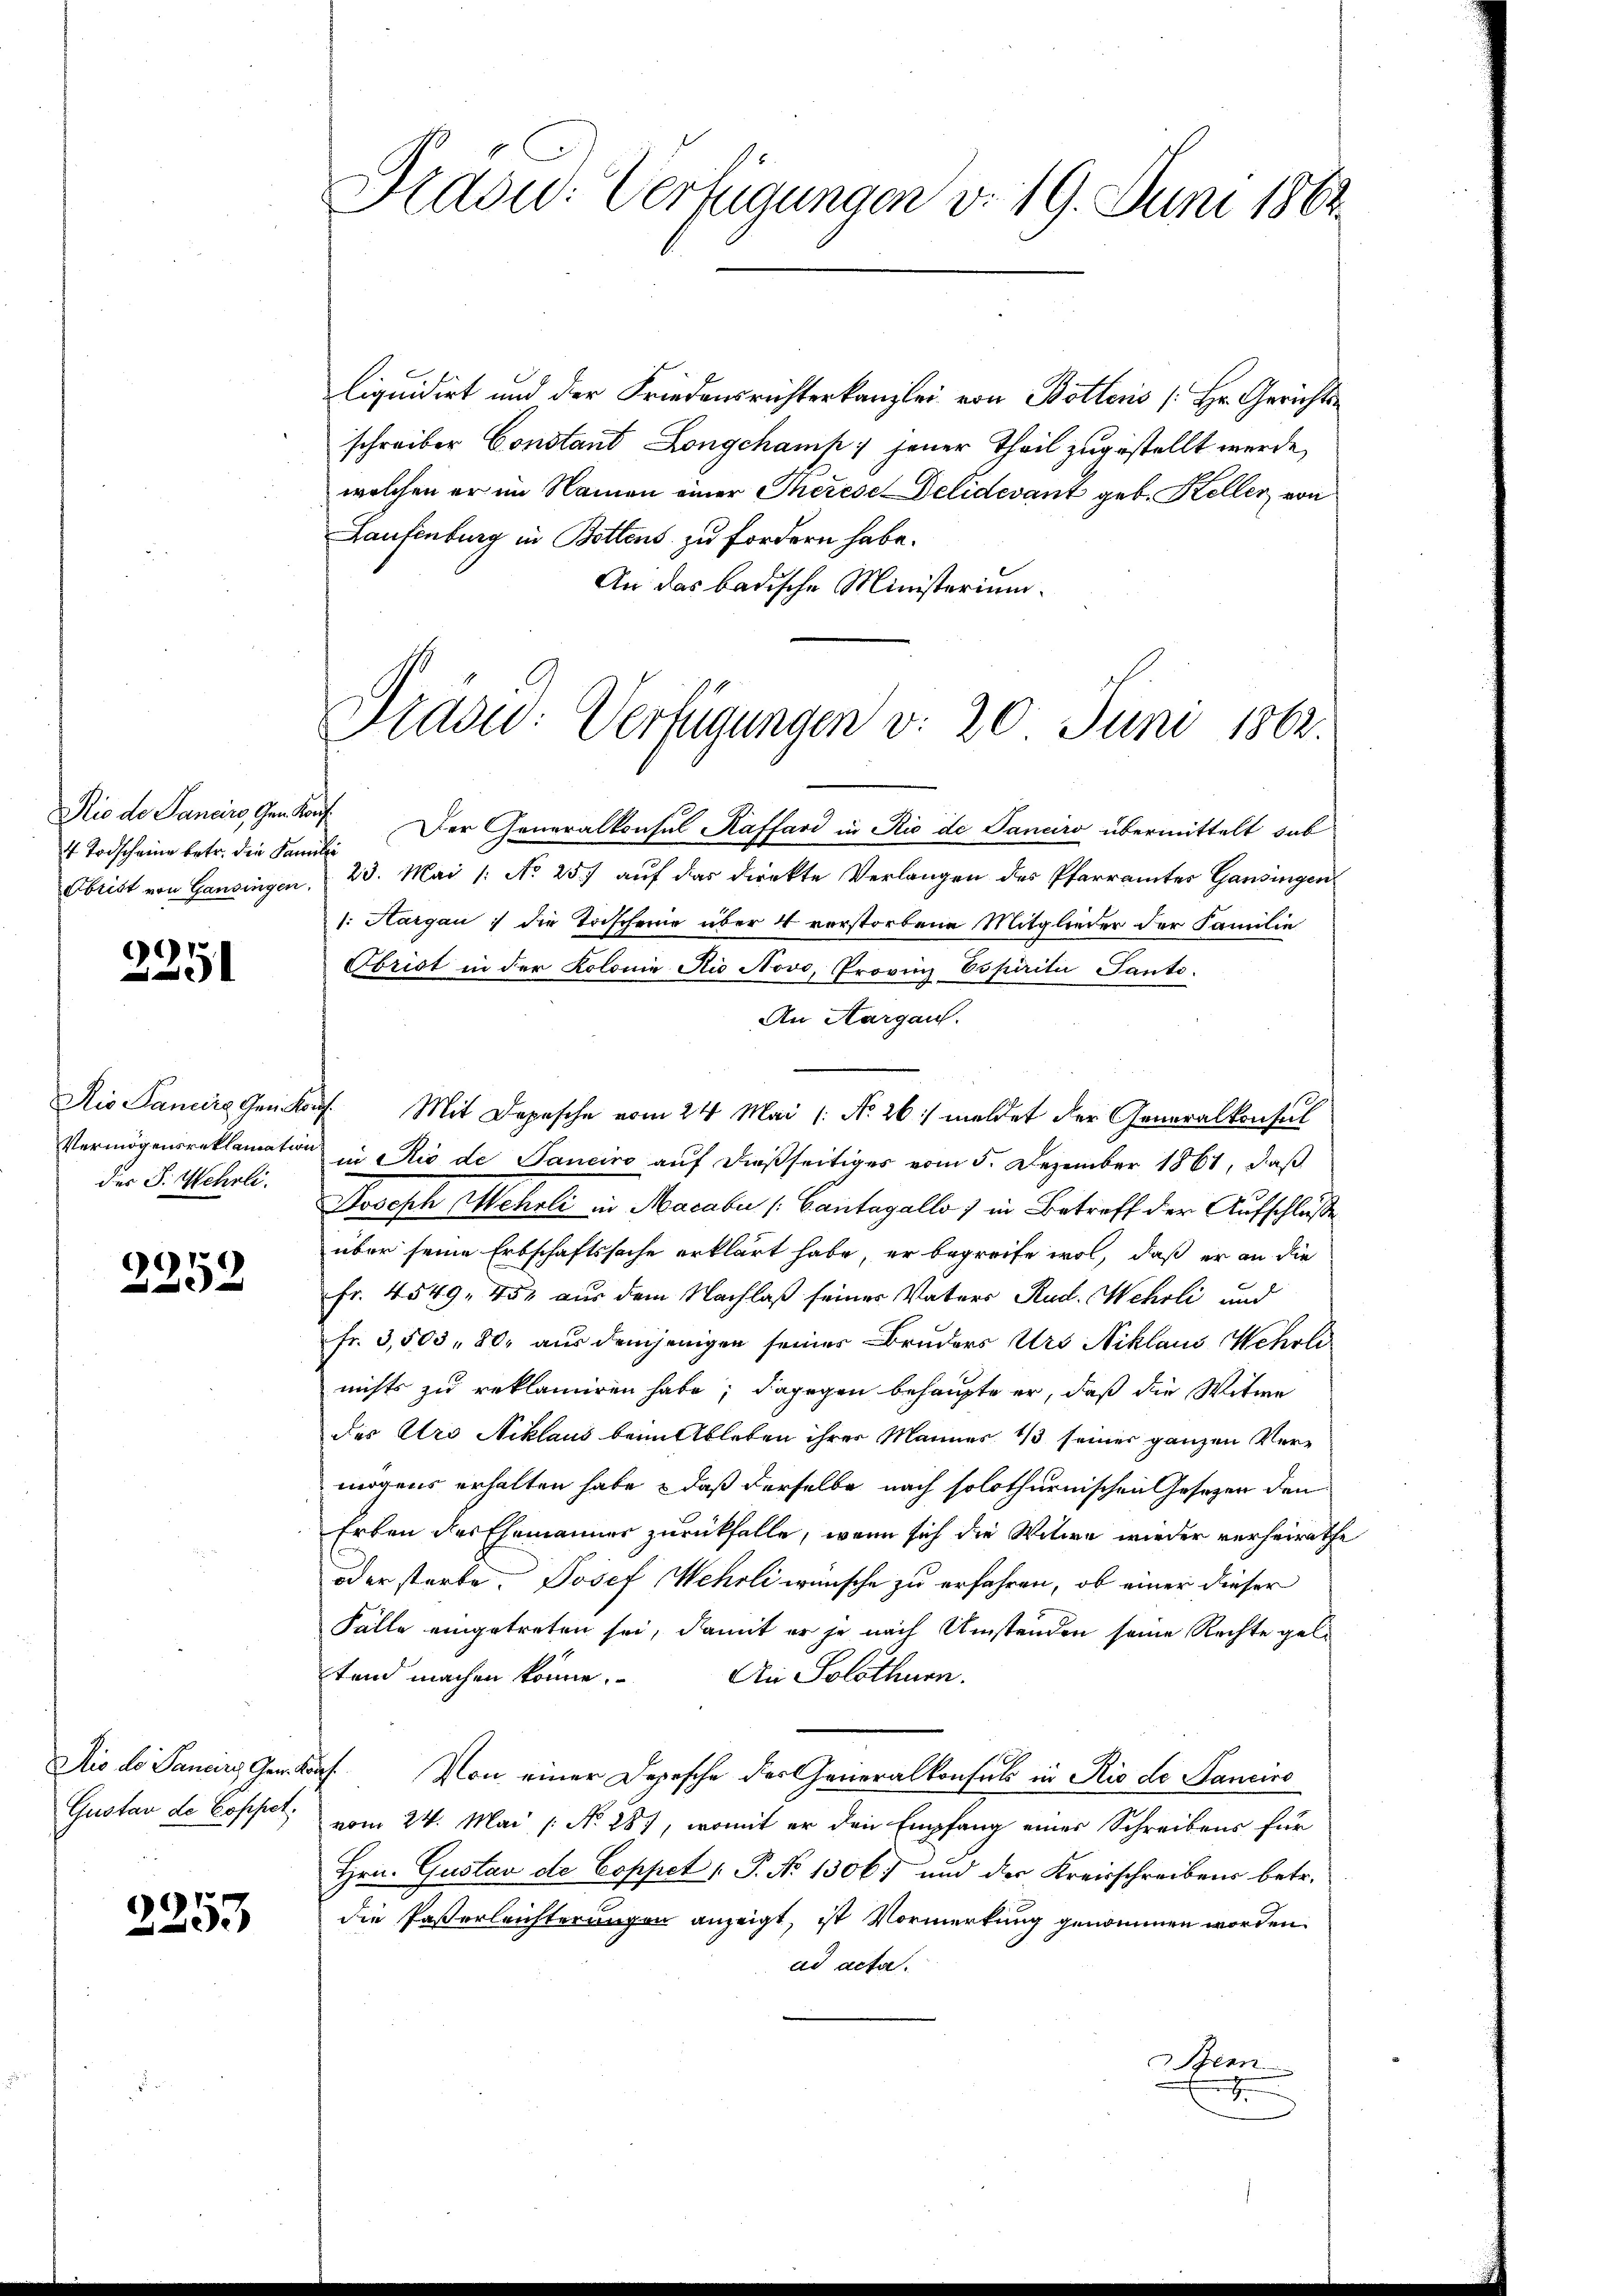
Rio de Sanaro dem Kauf¬
Obrist von Gansingen.

2251

des J. Mehrli.

2252

2253

Ardou: Verfügungen v. 19. Juni 1862

liquidirt und der Friedensrichterkanzlei von Botters [Hr. Gerichtsschreiber Constant Longchamp: jener Theil zugestellt werde,
welchen er im Namen einer Therese Delidevant geb. Keller von
Laufenburg in Bottens zu fordern habe.
An das badische Ministerium.

Frddw: Verfügungen v. 20. Juni 1862.

t Todscheine betr. die Familie Der Generalkonsul Kaffard in Rio de Sanciro übermittelt sub
23. Mai /: No 25) auf das direkte Verlangen des Pfarramtes Gansingen
1. Hargau; die Todscheine über 4 verstorbene Mitglieder der Familie
Obrist in der Kolonie Nie Novo, Provinz Espiriti Tanto-
An Aargau.
Dio Panirgen Kaŭf Mit Depesche vom 24. Mai /: No. 26:/ meldet der Generalkonsul
Vermögensreklamation in Rio de Sanciro auf dießseitiges vom 5. Dezember 1861, daß
Joseph Mehrli in Macaber Cantagallo 1 in Betreff der Aufschluße
über seine Erbschaftssache erklärt habe, er begreife wol, daß er an die
Fr. 4549, 451 aus dem Nachlaß seiner Vaters Rud. Wehrli und
fr. 3,503, 80. aus demjenigen seines Bruders Urs Niklaus Wehrli
nichts zu reklamiren habe; dagegen behaupte er, daß die Witwe
des Aro Niklaus beim Ableben ihrer Mannes 13 seiner ganzen Vermögens erhalten habe, daß derselbe nach solothurnischen Gesetzen den
Erben des Ehemänner zurückfalle, wenn sich die Witwe wieder verheirathe
oder starbe. Josef Wehrli wünsche zu erfahren, ob einer dieser
Fälle eingetreten sei, damit er je nach Umstanden seine Rechte gelstand machen könne. An Solothurn
Ais de Januars Ger. Konf. Von einer Depesche der Generalkonsuls in Rio de Sancino
Gustav de Coppel, vom 24. Mai /: No 287, womit er den Empfang einer Schreibens für
Hrn. Gustav de Coppet P. No 1306) und der Kreisschreibens betr.
die Pasterleichterungen anzeigt, ist Vormerkung genommen worden.
ad acta.
Bern
e